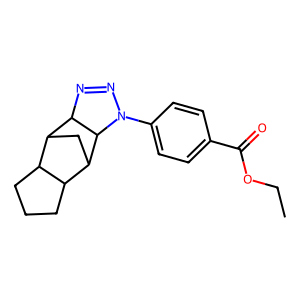
SMILES: CCOC(=O)c1ccc(N2N=NC3C4CC(C5CCCC54)C32)cc1
Inhibits HIV replication: No